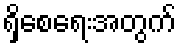
ရှိစေရေးအတွက်